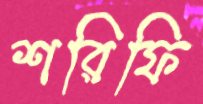
শরিফি